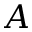
A